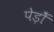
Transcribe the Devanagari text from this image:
पेड़ोँ